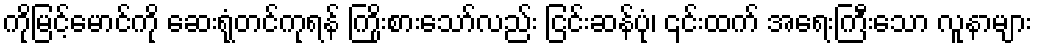
ကိုမြင့်မောင်ကို ဆေးရုံတင်ကုရန် ကြိုးစားသော်လည်း ငြင်းဆန်ပုံ၊ ၎င်းထက် အရေးကြီးသော လူနာများ